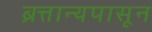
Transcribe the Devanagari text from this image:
ब्रत्तान्यपासून